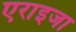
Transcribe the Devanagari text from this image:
एराइजा